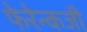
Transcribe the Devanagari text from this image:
फेरेन्कजी